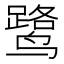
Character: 鹭